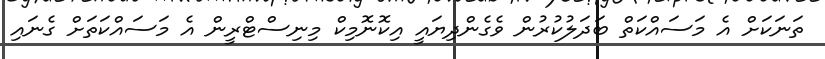
ތަނަކަށް އެ މަސައްކަތް ބަދަލުކުރުން ވެގެންދިޔައީ އިކޮނޮމިކް މިނިސްޓްރީން އެ މަސައްކަތަށް ގެނައި